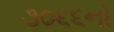
૩૦૬૬નો